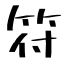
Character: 符